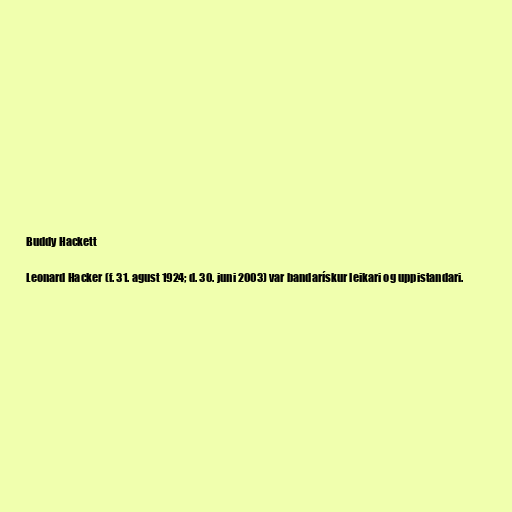
Buddy Hackett

Leonard Hacker (f. 31. agust 1924; d. 30. juni 2003) var bandarískur leikari og uppistandari.